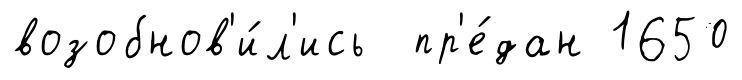
возобнов'и́л'ись пр'е́дан 1650